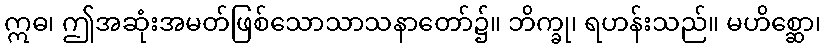
ဣဓ၊ ဤအဆုံးအမတ်ဖြစ်သောသာသနာတော်၌။ ဘိက္ခု၊ ရဟန်းသည်။ မဟိစ္ဆော၊